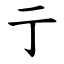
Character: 亍